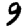
Digit: 9